Civil Veterinary Department Bihar & Orissa reports 1922-29 - 1922-1929
Year: 1922
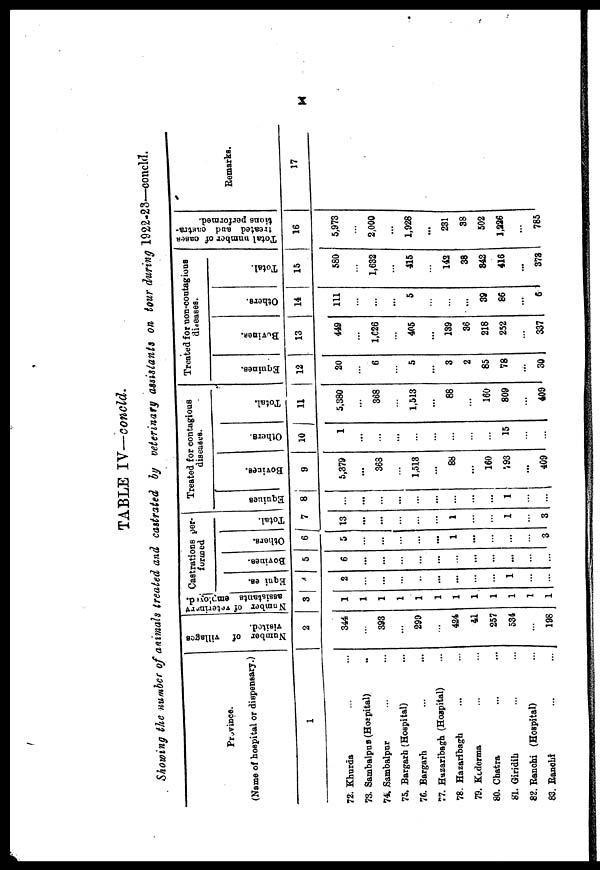
X
TABLE IV—concld.
Showing no of animals treated and castrated by veterinary assistants on tour during 1922-23-concld
Province.
(Name of hospital or dispensary.)
1
72. Khurda ... ...
73. Sambapur (Hospital) ...
74. Sambalpur ... ...
75. Bargarh (Hospital) ...
76. Bargarh ... ...
77. Hazaribagh (Hospital) ...
78. Hazaribagh ... ...
79. Kederma ... ...
80. Chatra ...
81. Giridih ...
82. Ranchi (Hospital) ...
83. Ranohi ... ...
Namber
of villages
visited.
2
344
...
393
...
299
...
424
41
257
534
...
198
Number
of veterinery
assistants employed.
3
1
1
1
1
1
1
1
1
1
1
1
1
Castrations per-
formed
Eqnies.
4
2
...
...
...
...
...
...
...
...
1
...
...
Bovines.
5
6
...
...
...
...
...
...
...
...
...
...
...
Others.
6
5
...
...
...
...
...
1
...
...
...
...
3
Total.
7
13
...
...
...
...
...
1
...
...
1
...
3
Treated for contagious
diseases.
Equiues
8
...
...
...
...
...
...
...
...
...
1
...
...
Bovines.
9
5,379
...
368
...
1,513
...
88
...
160
193
409
...
Others.
10
1
...
...
...
...
...
...
...
...
15
...
...
Total.
11
5,380
...
368
...
1,513
...
88
...
160
809
... 409
Treated for non-contagions
diseases.
Equines.
12
20
6
5
3
3
2 85
78
...
30
Bovine.
13
449
...
1,626
...
405
...
139
36 218
252
...
337
Others.
14
111
...
...
...
5
...
...
...
39 86
...
6
Total.
15
580
...
1,632
...
415
...
142
38
342 416
...
378
Total number
of cases
treated and castra-
tions performed.
16
5,973
...
2,000
...
1,928
...
231
38
502
1,226
...
785
Remarks.
17